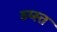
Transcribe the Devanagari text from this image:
व्य्स्त